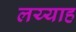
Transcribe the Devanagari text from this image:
लय्याह